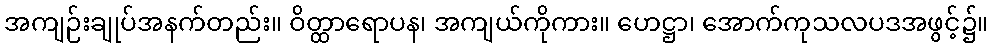
အကျဉ်းချုပ်အနက်တည်း။ ဝိတ္ထာရောပန၊ အကျယ်ကိုကား။ ဟေဋ္ဌာ၊ အောက်ကုသလပဒအဖွင့်၌။